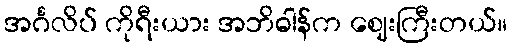
အင်္ဂလိပ် ကိုရီးယား အဘိဓါန်က ဈေးကြီးတယ်။